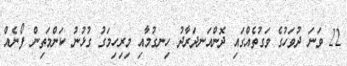
22 ވަނަ ދުވަހުގެ ވަގުތެއްގައި ދޮންއަނދަރާދު ހިނގުމާއި މިރިހިމަގު ގުޅުނު ކަންމަތިން ފޯނެއް